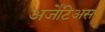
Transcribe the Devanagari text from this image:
अर्जेंटिअस